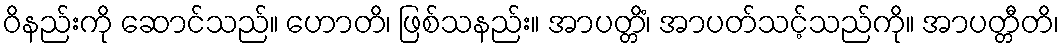
ဝိနည်းကို ဆောင်သည်။ ဟောတိ၊ ဖြစ်သနည်း။ အာပတ္တိံ၊ အာပတ်သင့်သည်ကို။ အာပတ္တီတိ၊